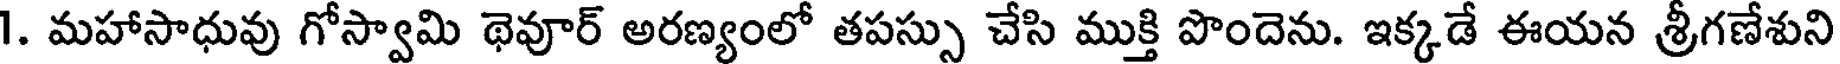
1. మహాసాధువు గోస్వామి థెవూర్ అరణ్యంలో తపస్సు చేసి ముక్తి పొందెను. ఇక్కడే ఈయన శ్రీగణేశుని